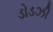
ડોડઝી